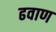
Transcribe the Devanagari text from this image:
ढवाण